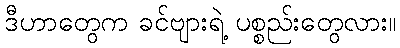
ဒီဟာတွေက ခင်ဗျားရဲ့ ပစ္စည်းတွေလား။